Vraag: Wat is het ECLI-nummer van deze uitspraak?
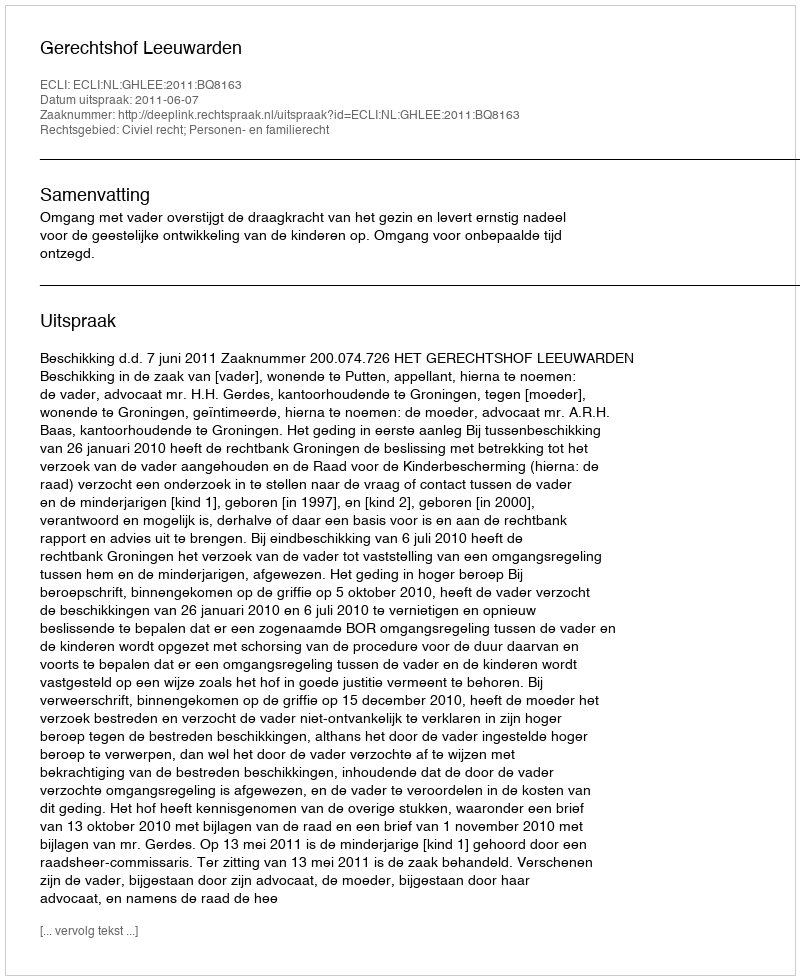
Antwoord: ECLI:NL:GHLEE:2011:BQ8163